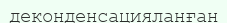
деконденсацияланған